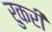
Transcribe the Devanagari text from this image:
रुकरी